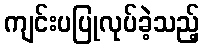
ကျင်းပပြုလုပ်ခဲ့သည့်